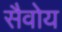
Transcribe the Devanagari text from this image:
सैवोय